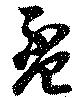
盃